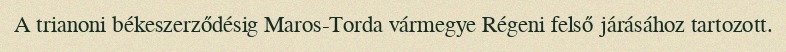
A trianoni békeszerződésig Maros-Torda vármegye Régeni felső járásához tartozott.